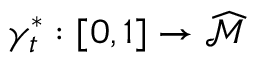
\gamma _ { t } ^ { * } : [ 0 , 1 ] \rightarrow \widehat { \mathcal { M } }